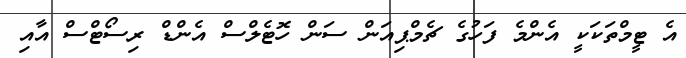
އެ ޓީމްތަކަކީ އެންމެ ފަހުގެ ޗެމްޕިއަން ސަން ހޮޓެލްސް އެންޑް ރިސޯޓްސް އާއި